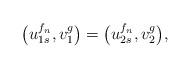
LaTeX: \begin{align*}\big(u_{1s}^{f_n},v_1^g\big)=\big(u_{2s}^{f_n},v_2^g\big),\end{align*}